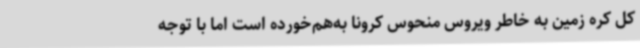
کل کره زمین به خاطر ویروس منحوس کرونا به‌هم‌خورده است اما با توجه